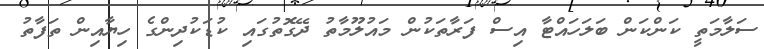
ސަލާމަތީ ކަންކަން ބަލަހައްޓާ އިސް ފަރާތަކުން މައުލޫމާތު ދޭގޮތުގައި ކުޑަކުދިންގެ ހިޔާއިން ތަފާތު